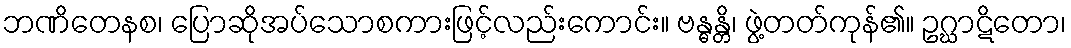
ဘဏိတေနစ၊ ပြောဆိုအပ်သောစကားဖြင့်လည်းကောင်း။ ဗန္ဓန္တိ၊ ဖွဲ့တတ်ကုန်၏။ ဥဂ္ဃာဋိတော၊